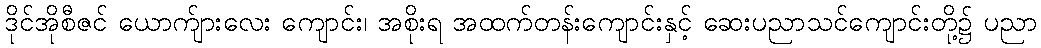
ဒိုင်အိုစီဇင် ယောက်ျားလေး ကျောင်း၊ အစိုးရ အထက်တန်းကျောင်းနှင့် ဆေးပညာသင်ကျောင်းတို့၌ ပညာ